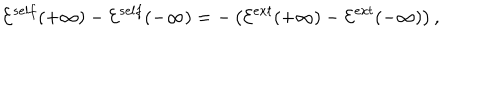
{ \cal E } ^ { s e l f } ( + \infty ) - { \cal E } ^ { s e l f } ( - \infty ) = - \left( { \cal E } ^ { e x t } ( + \infty ) - { \cal E } ^ { e x t } ( - \infty ) \right) ,